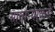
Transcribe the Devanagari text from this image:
साताऱ्याकडे